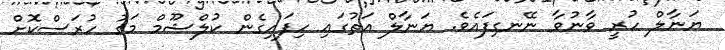
ޔަނާލް ހުރީ ވާނުވާ ނޭނގިފައެވެ. ޔަނާލް އަތުގައި ހިފައިގެން ކުލްޝޫމް މަގު ހުރަސްކޮށް